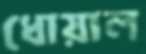
ধোয়াল